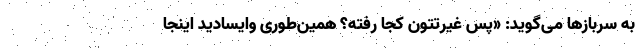
به سربازها می‌گوید: «پس غیرتتون کجا رفته؟ همین‌طوری وایسادید اینجا